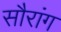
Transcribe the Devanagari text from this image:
सौरांग